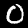
Label: 0